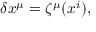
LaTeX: \delta x ^ { \mu } = \zeta ^ { \mu } ( x ^ { i } ) ,